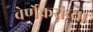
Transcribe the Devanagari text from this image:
वेर्णेकरांच्या